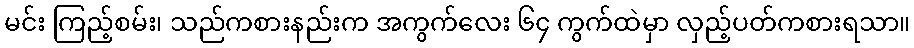
မင်း ကြည့်စမ်း၊ သည်ကစားနည်းက အကွက်လေး ၆၄ ကွက်ထဲမှာ လှည့်ပတ်ကစားရသာ။